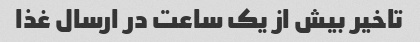
تاخیر بیش از یک ساعت در ارسال غذا